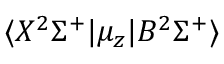
\langle X ^ { 2 } \Sigma ^ { + } | \mu _ { z } | B ^ { 2 } \Sigma ^ { + } \rangle